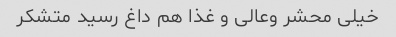
خیلی محشر وعالی و غذا هم داغ رسید متشکر